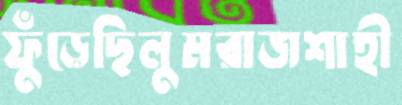
ফুঁড়েছিলুমরাজশাহী